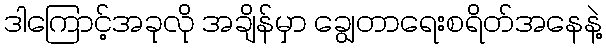
ဒါကြောင့်အခုလို အချိန်မှာ ချွေတာရေးစရိတ်အနေနဲ့